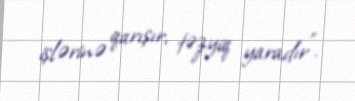
işlərinə qarışır, təzyiq yaradır”.